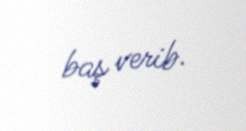
baş verib.